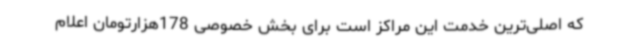
که اصلی‌ترین خدمت این مراکز است برای بخش خصوصی 178هزارتومان اعلام